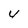
Character: 4